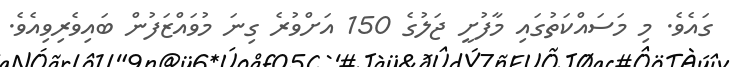
ގައެވެ. މި މަސައްކަތުގައި މާފުށީ ޖަލުގެ 150 އަށްވުރެ ގިނަ މުވައްޒަފުން ބައިވެރިވިއެވެ.